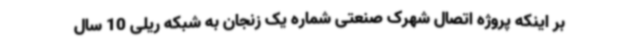
بر اینکه پروژه اتصال شهرک صنعتی شماره یک زنجان به شبکه ریلی 10 سال